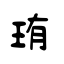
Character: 珛